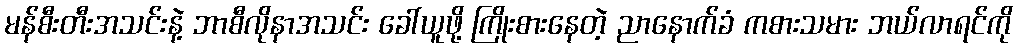
မန်စီးတီးအသင်းနဲ့ ဘာစီလိုနာအသင်း ခေါ်ယူဖို့ ကြိုးစားနေတဲ့ ညာနောက်ခံ ကစားသမား ဘယ်လာရင်ကို